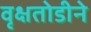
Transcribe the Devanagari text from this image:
वृक्षतोडीने